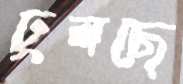
ঢুলছে